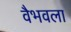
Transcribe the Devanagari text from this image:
वैभवला